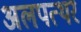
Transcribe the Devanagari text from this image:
अलपत्थर